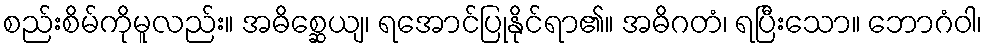
စည်းစိမ်ကိုမူလည်း။ အဓိစ္ဆေယျ၊ ရအောင်ပြုနိုင်ရာ၏။ အဓိဂတံ၊ ရပြီးသော။ ဘောဂံဝါ၊